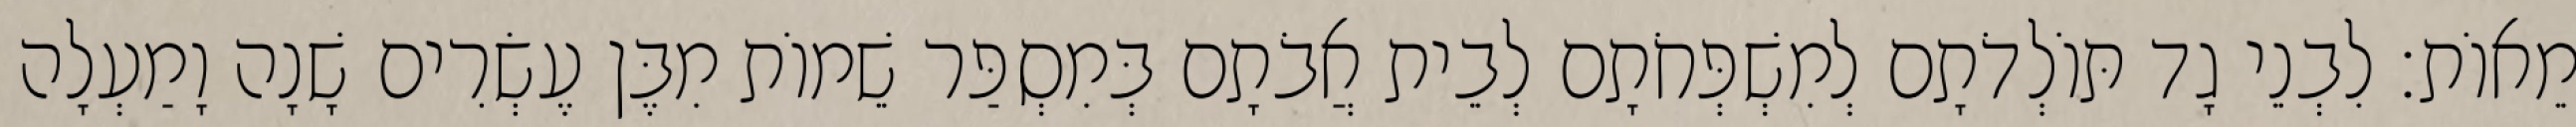
מֵאוֹת׃ לִבְנֵי גָד תּוֹלְדֹתָם לְמִשְׁפְּחֹתָם לְבֵית אֲבֹתָם בְּמִסְפַּר שֵׁמוֹת מִבֶּן עֶשְׂרִים שָׁנָה וָמַעְלָה